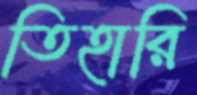
তিহারি